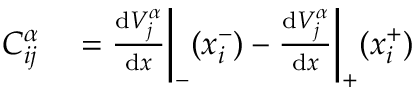
\begin{array} { r l } { C _ { i j } ^ { \alpha } } & { { } = \frac { \mathrm { d } V _ { j } ^ { \alpha } } { \mathrm { d } x } \bigg \vert _ { - } ( x _ { i } ^ { - } ) - \frac { \mathrm { d } V _ { j } ^ { \alpha } } { \mathrm { d } x } \bigg \vert _ { + } ( x _ { i } ^ { + } ) } \end{array}